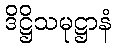
ဒိဋ္ဌိသမုဋ္ဌာနံ